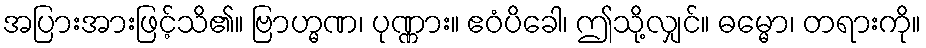
အပြားအားဖြင့်သိ၏။ ဗြာဟ္မဏ၊ ပုဏ္ဏား။ ဧဝံပိခေါ၊ ဤသို့လျှင်။ ဓမ္မော၊ တရားကို။